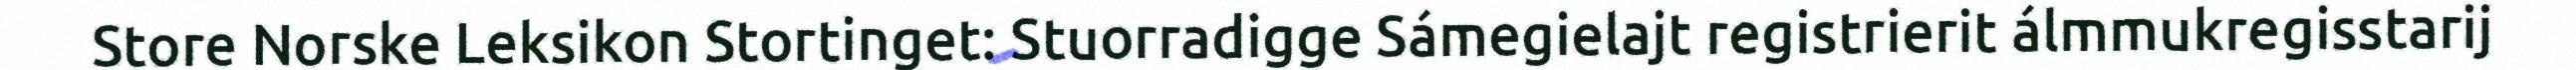
Store Norske Leksikon Stortinget: Stuorradigge Sámegielajt registrierit álmmukregisstarij